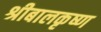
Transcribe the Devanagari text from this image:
श्रीबालकृष्ण